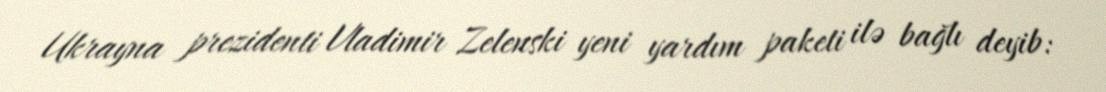
Ukrayna prezidenti Vladimir Zelenski yeni yardım paketi ilə bağlı deyib: